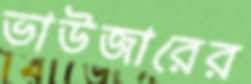
ভাউজারের